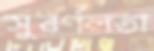
সুবর্ণলতা